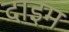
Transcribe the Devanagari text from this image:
दाइम